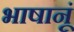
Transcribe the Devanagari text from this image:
भाषानूं